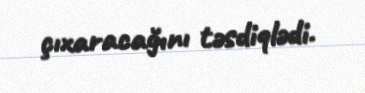
çıxaracağını təsdiqlədi.